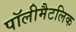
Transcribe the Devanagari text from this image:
पॉलीमैटलिक